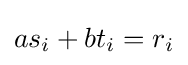
as_{i}+bt_{i}=r_{i}